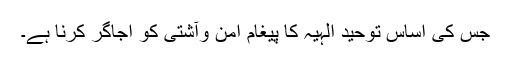
جس کی اساس توحید الہیہٰ کا پیغام امن وآشتی کو اجاگر کرنا ہے۔